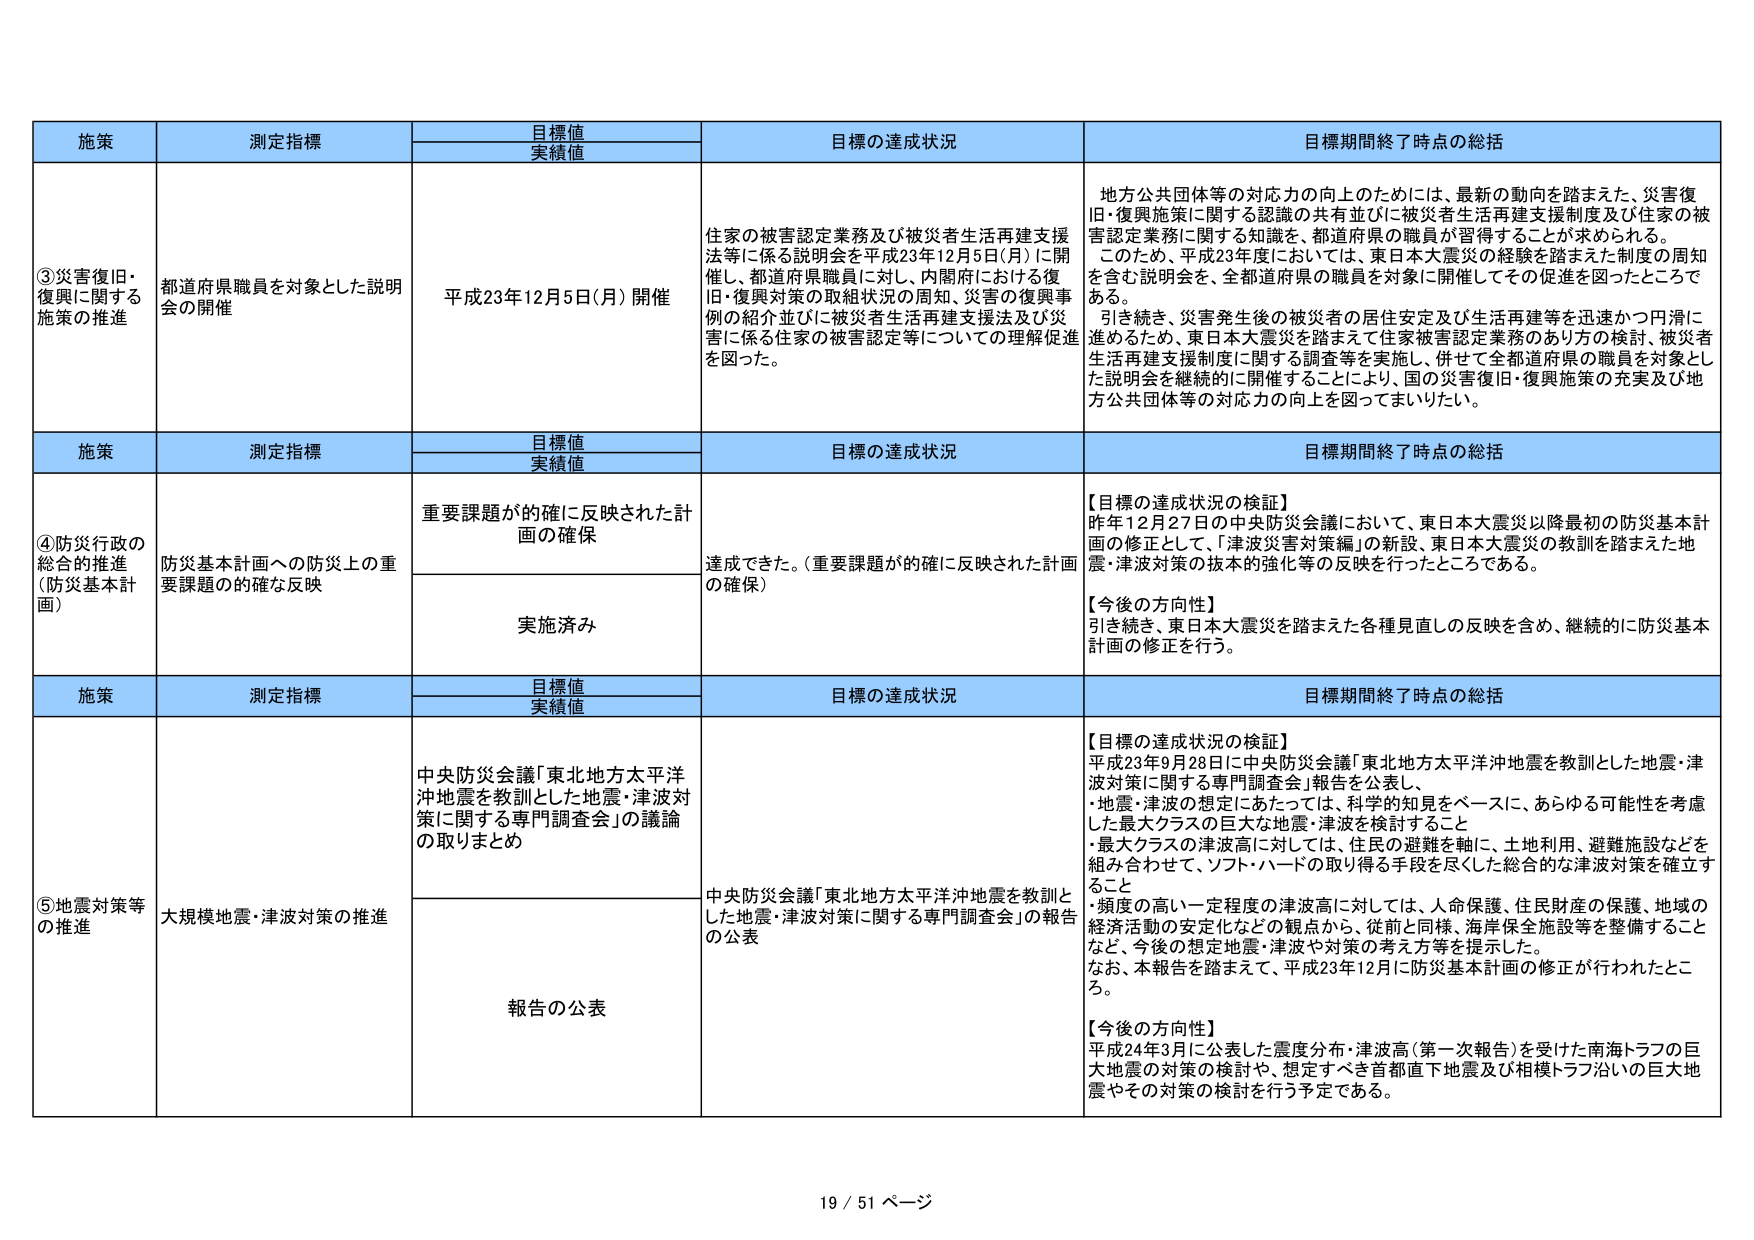
施策 測定指標 目標値 実績値 目標の達成状況 目標期間終了時点の総括
③災害復旧・復興に関する施策の推進 都道府県職員を対象とした説明会の開催 平成23年12月5日(月)開催 住家の被害認定業務及び被災者生活再建支援法等に係る説明会を平成23年12月5日(月)に開催し、都道府県職員に対し、内閣府における復旧・復興対策の取組状況の周知、災害の復興事例の紹介並びに被災者生活再建支援法及び災害に係る住家の被害認定等についての理解促進を図った。 地方公共団体等の対応力の向上のためには、最新の動向を踏まえた、災害復旧・復興施策に関する認識の共有並びに被災者生活再建支援制度及び住家の被害認定業務に関する知識を、都道府県の職員が習得することが求められる。このため、平成23年12月5日(月)には、東日本大震災の経験を踏まえた制度の周知を含む説明会を、全都道府県の職員を対象に開催してその促進を図ったところである。引き続き、災害発生後の被災者の居住安定及び生活再建等を迅速かつ円滑に進めるため、東日本大震災を踏まえて住家被害認定業務のあり方の検討、被災者生活再建支援制度に関する調査等を実施し、併せて全都道府県の職員を対象とした説明会を継続的に開催することにより、国の災害復旧・復興施策の充実及び地方公共団体等の対応力の向上を図ってまいりたい。
施策 測定指標 目標値 実績値 目標の達成状況 目標期間終了時点の総括
④防災行政の総合的推進（防災基本計画） 防災基本計画への防災上の重要課題の的確な反映 重要課題が的確に反映された計画の確保 達成できた。（重要課題が的確に反映された計画の確保） 【目標の達成状況の検証】 昨年12月27日の中央防災会議において、東日本大震災以降最初の防災基本計画の修正として、「津波災害対策編」の新設、東日本大震災の教訓を踏まえた地震・津波対策の抜本的強化等の反映を行ったところである。 【今後の方向性】 引き続き、東日本大震災を踏まえた各種見直しの反映を含め、継続的に防災基本計画の修正を行う。
実施済み
施策 測定指標 目標値 実績値 目標の達成状況 目標期間終了時点の総括
⑤地震対策等の推進 大規模地震・津波対策の推進 中央防災会議「東北地方太平洋沖地震を教訓とした地震・津波対策に関する専門調査会」の議論の取りまとめ 中央防災会議「東北地方太平洋沖地震を教訓とした地震・津波対策に関する専門調査会」の報告の公表 【目標の達成状況の検証】 平成23年9月28日に中央防災会議「東北地方太平洋沖地震を教訓とした地震・津波対策に関する専門調査会」報告を公表し、・地震・津波の想定にあたっては、科学的知見をベースに、あらゆる可能性を考慮した最大クラスの巨大な地震・津波を検討すること・最大クラスの津波高に対しては、住民の避難を軸に、土地利用、避難施設などを組み合わせて、ソフト・ハードの取り得る手段を尽くした総合的な津波対策を確立すること・頻度の高い一定程度の津波高に対しては、人命保護、住民財産の保護、地域の経済活動の安定化などの観点から、従前と同様、海岸保全施設等を整備することなど、今後の想定地震・津波や対策の考え方等を提示した。なお、本報告を踏まえて、平成23年12月に防災基本計画の修正が行われたところ。 【今後の方向性】 平成24年3月に公表した震度分布・津波高（第一次報告）を受けた南海トラフの巨大地震の対策の検討や、想定すべき首都直下地震及び相模トラフ沿いの巨大地震やその対策の検討を行う予定である。
報告の公表
19 / 51 ページ